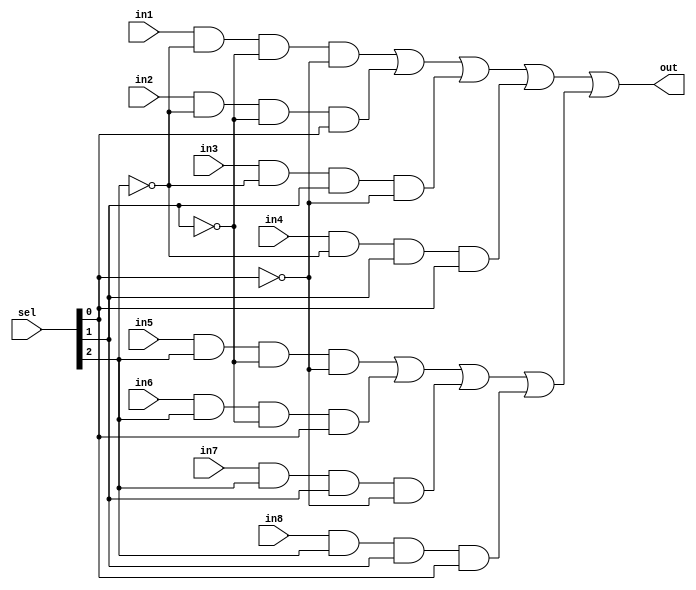
module MUX_8X1 (sel, in1, in2, in3, in4, in5, in6, in7, in8, out);
    input[2:0] sel;
    input in1, in2, in3, in4, in5, in6, in7, in8;
    output out;

    wire[7:0] c;
    wire tmp, tmp2;
    wire[2:0] neg_sel;
    
    not(neg_sel[0], sel[0]);
    not(neg_sel[1], sel[1]);
    not(neg_sel[2], sel[2]);

    and(c[0], in1, neg_sel[2], neg_sel[1], neg_sel[0]);
    and(c[1], in2, neg_sel[2], neg_sel[1], sel[0]);
    and(c[2], in3, neg_sel[2], sel[1], neg_sel[0]);
    and(c[3], in4, neg_sel[2], sel[1], sel[0]);
    and(c[4], in5, sel[2], neg_sel[1], neg_sel[0]);
    and(c[5], in6, sel[2], neg_sel[1], sel[0]);
    and(c[6], in7, sel[2], sel[1], neg_sel[0]);
    and(c[7], in8, sel[2], sel[1], sel[0]);

    or(tmp, c[0], c[1], c[2], c[3]);
    or(tmp2, c[4], c[5], c[6], c[7]);
    or(out, tmp, tmp2);
    
endmodule

module SELECT (sel, and_, nand_, or_, nor_, xor_, not_, t_comp, xnor_, out);
    input[2:0] sel;
    input[63:0] and_, nand_, or_, nor_, xor_, not_, t_comp, xnor_;

    output[63:0] out;

    // MUX_8X1 mux1(sel, and_[0], xor_[0], nand_[0], or_[0], not_[0], nor_[0], t_comp[0], xnor[0], out[0]);

    MUX_8X1 mux1(sel, and_[0], xor_[0], nand_[0], or_[0], not_[0], nor_[0], t_comp[0], xnor_[0], out[0]);
    MUX_8X1 mux2(sel, and_[1], xor_[1], nand_[1], or_[1], not_[1], nor_[1], t_comp[1], xnor_[1], out[1]);
    MUX_8X1 mux3(sel, and_[2], xor_[2], nand_[2], or_[2], not_[2], nor_[2], t_comp[2], xnor_[2], out[2]);
    MUX_8X1 mux4(sel, and_[3], xor_[3], nand_[3], or_[3], not_[3], nor_[3], t_comp[3], xnor_[3], out[3]);
    MUX_8X1 mux5(sel, and_[4], xor_[4], nand_[4], or_[4], not_[4], nor_[4], t_comp[4], xnor_[4], out[4]);
    MUX_8X1 mux6(sel, and_[5], xor_[5], nand_[5], or_[5], not_[5], nor_[5], t_comp[5], xnor_[5], out[5]);
    MUX_8X1 mux7(sel, and_[6], xor_[6], nand_[6], or_[6], not_[6], nor_[6], t_comp[6], xnor_[6], out[6]);
    MUX_8X1 mux8(sel, and_[7], xor_[7], nand_[7], or_[7], not_[7], nor_[7], t_comp[7], xnor_[7], out[7]);
    MUX_8X1 mux9(sel, and_[8], xor_[8], nand_[8], or_[8], not_[8], nor_[8], t_comp[8], xnor_[8], out[8]);
    MUX_8X1 mux10(sel, and_[9], xor_[9], nand_[9], or_[9], not_[9], nor_[9], t_comp[9], xnor_[9], out[9]);
    MUX_8X1 mux11(sel, and_[10], xor_[10], nand_[10], or_[10], not_[10], nor_[10], t_comp[10], xnor_[10], out[10]);
    MUX_8X1 mux12(sel, and_[11], xor_[11], nand_[11], or_[11], not_[11], nor_[11], t_comp[11], xnor_[11], out[11]);
    MUX_8X1 mux13(sel, and_[12], xor_[12], nand_[12], or_[12], not_[12], nor_[12], t_comp[12], xnor_[12], out[12]);
    MUX_8X1 mux14(sel, and_[13], xor_[13], nand_[13], or_[13], not_[13], nor_[13], t_comp[13], xnor_[13], out[13]);
    MUX_8X1 mux15(sel, and_[14], xor_[14], nand_[14], or_[14], not_[14], nor_[14], t_comp[14], xnor_[14], out[14]);
    MUX_8X1 mux16(sel, and_[15], xor_[15], nand_[15], or_[15], not_[15], nor_[15], t_comp[15], xnor_[15], out[15]);
    MUX_8X1 mux17(sel, and_[16], xor_[16], nand_[16], or_[16], not_[16], nor_[16], t_comp[16], xnor_[16], out[16]);
    MUX_8X1 mux18(sel, and_[17], xor_[17], nand_[17], or_[17], not_[17], nor_[17], t_comp[17], xnor_[17], out[17]);
    MUX_8X1 mux19(sel, and_[18], xor_[18], nand_[18], or_[18], not_[18], nor_[18], t_comp[18], xnor_[18], out[18]);
    MUX_8X1 mux20(sel, and_[19], xor_[19], nand_[19], or_[19], not_[19], nor_[19], t_comp[19], xnor_[19], out[19]);
    MUX_8X1 mux21(sel, and_[20], xor_[20], nand_[20], or_[20], not_[20], nor_[20], t_comp[20], xnor_[20], out[20]);
    MUX_8X1 mux22(sel, and_[21], xor_[21], nand_[21], or_[21], not_[21], nor_[21], t_comp[21], xnor_[21], out[21]);
    MUX_8X1 mux23(sel, and_[22], xor_[22], nand_[22], or_[22], not_[22], nor_[22], t_comp[22], xnor_[22], out[22]);
    MUX_8X1 mux24(sel, and_[23], xor_[23], nand_[23], or_[23], not_[23], nor_[23], t_comp[23], xnor_[23], out[23]);
    MUX_8X1 mux25(sel, and_[24], xor_[24], nand_[24], or_[24], not_[24], nor_[24], t_comp[24], xnor_[24], out[24]);
    MUX_8X1 mux26(sel, and_[25], xor_[25], nand_[25], or_[25], not_[25], nor_[25], t_comp[25], xnor_[25], out[25]);
    MUX_8X1 mux27(sel, and_[26], xor_[26], nand_[26], or_[26], not_[26], nor_[26], t_comp[26], xnor_[26], out[26]);
    MUX_8X1 mux28(sel, and_[27], xor_[27], nand_[27], or_[27], not_[27], nor_[27], t_comp[27], xnor_[27], out[27]);
    MUX_8X1 mux29(sel, and_[28], xor_[28], nand_[28], or_[28], not_[28], nor_[28], t_comp[28], xnor_[28], out[28]);
    MUX_8X1 mux30(sel, and_[29], xor_[29], nand_[29], or_[29], not_[29], nor_[29], t_comp[29], xnor_[29], out[29]);
    MUX_8X1 mux31(sel, and_[30], xor_[30], nand_[30], or_[30], not_[30], nor_[30], t_comp[30], xnor_[30], out[30]);
    MUX_8X1 mux32(sel, and_[31], xor_[31], nand_[31], or_[31], not_[31], nor_[31], t_comp[31], xnor_[31], out[31]);
    MUX_8X1 mux33(sel, and_[32], xor_[32], nand_[32], or_[32], not_[32], nor_[32], t_comp[32], xnor_[32], out[32]);
    MUX_8X1 mux34(sel, and_[33], xor_[33], nand_[33], or_[33], not_[33], nor_[33], t_comp[33], xnor_[33], out[33]);
    MUX_8X1 mux35(sel, and_[34], xor_[34], nand_[34], or_[34], not_[34], nor_[34], t_comp[34], xnor_[34], out[34]);
    MUX_8X1 mux36(sel, and_[35], xor_[35], nand_[35], or_[35], not_[35], nor_[35], t_comp[35], xnor_[35], out[35]);
    MUX_8X1 mux37(sel, and_[36], xor_[36], nand_[36], or_[36], not_[36], nor_[36], t_comp[36], xnor_[36], out[36]);
    MUX_8X1 mux38(sel, and_[37], xor_[37], nand_[37], or_[37], not_[37], nor_[37], t_comp[37], xnor_[37], out[37]);
    MUX_8X1 mux39(sel, and_[38], xor_[38], nand_[38], or_[38], not_[38], nor_[38], t_comp[38], xnor_[38], out[38]);
    MUX_8X1 mux40(sel, and_[39], xor_[39], nand_[39], or_[39], not_[39], nor_[39], t_comp[39], xnor_[39], out[39]);
    MUX_8X1 mux41(sel, and_[40], xor_[40], nand_[40], or_[40], not_[40], nor_[40], t_comp[40], xnor_[40], out[40]);
    MUX_8X1 mux42(sel, and_[41], xor_[41], nand_[41], or_[41], not_[41], nor_[41], t_comp[41], xnor_[41], out[41]);
    MUX_8X1 mux43(sel, and_[42], xor_[42], nand_[42], or_[42], not_[42], nor_[42], t_comp[42], xnor_[42], out[42]);
    MUX_8X1 mux44(sel, and_[43], xor_[43], nand_[43], or_[43], not_[43], nor_[43], t_comp[43], xnor_[43], out[43]);
    MUX_8X1 mux45(sel, and_[44], xor_[44], nand_[44], or_[44], not_[44], nor_[44], t_comp[44], xnor_[44], out[44]);
    MUX_8X1 mux46(sel, and_[45], xor_[45], nand_[45], or_[45], not_[45], nor_[45], t_comp[45], xnor_[45], out[45]);
    MUX_8X1 mux47(sel, and_[46], xor_[46], nand_[46], or_[46], not_[46], nor_[46], t_comp[46], xnor_[46], out[46]);
    MUX_8X1 mux48(sel, and_[47], xor_[47], nand_[47], or_[47], not_[47], nor_[47], t_comp[47], xnor_[47], out[47]);
    MUX_8X1 mux49(sel, and_[48], xor_[48], nand_[48], or_[48], not_[48], nor_[48], t_comp[48], xnor_[48], out[48]);
    MUX_8X1 mux50(sel, and_[49], xor_[49], nand_[49], or_[49], not_[49], nor_[49], t_comp[49], xnor_[49], out[49]);
    MUX_8X1 mux51(sel, and_[50], xor_[50], nand_[50], or_[50], not_[50], nor_[50], t_comp[50], xnor_[50], out[50]);
    MUX_8X1 mux52(sel, and_[51], xor_[51], nand_[51], or_[51], not_[51], nor_[51], t_comp[51], xnor_[51], out[51]);
    MUX_8X1 mux53(sel, and_[52], xor_[52], nand_[52], or_[52], not_[52], nor_[52], t_comp[52], xnor_[52], out[52]);
    MUX_8X1 mux54(sel, and_[53], xor_[53], nand_[53], or_[53], not_[53], nor_[53], t_comp[53], xnor_[53], out[53]);
    MUX_8X1 mux55(sel, and_[54], xor_[54], nand_[54], or_[54], not_[54], nor_[54], t_comp[54], xnor_[54], out[54]);
    MUX_8X1 mux56(sel, and_[55], xor_[55], nand_[55], or_[55], not_[55], nor_[55], t_comp[55], xnor_[55], out[55]);
    MUX_8X1 mux57(sel, and_[56], xor_[56], nand_[56], or_[56], not_[56], nor_[56], t_comp[56], xnor_[56], out[56]);
    MUX_8X1 mux58(sel, and_[57], xor_[57], nand_[57], or_[57], not_[57], nor_[57], t_comp[57], xnor_[57], out[57]);
    MUX_8X1 mux59(sel, and_[58], xor_[58], nand_[58], or_[58], not_[58], nor_[58], t_comp[58], xnor_[58], out[58]);
    MUX_8X1 mux60(sel, and_[59], xor_[59], nand_[59], or_[59], not_[59], nor_[59], t_comp[59], xnor_[59], out[59]);
    MUX_8X1 mux61(sel, and_[60], xor_[60], nand_[60], or_[60], not_[60], nor_[60], t_comp[60], xnor_[60], out[60]);
    MUX_8X1 mux62(sel, and_[61], xor_[61], nand_[61], or_[61], not_[61], nor_[61], t_comp[61], xnor_[61], out[61]);
    MUX_8X1 mux63(sel, and_[62], xor_[62], nand_[62], or_[62], not_[62], nor_[62], t_comp[62], xnor_[62], out[62]);
    MUX_8X1 mux64(sel, and_[63], xor_[63], nand_[63], or_[63], not_[63], nor_[63], t_comp[63], xnor_[63], out[63]);
    // assign out[62:1] = 0;
    
endmodule